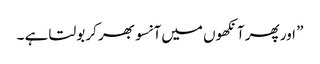
” اور پھر آنکھوں میں آنسو بھر کر بولتا ہے ۔